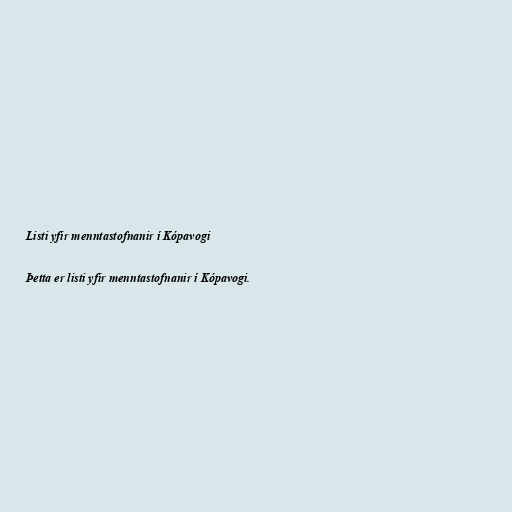
Listi yfir menntastofnanir í Kópavogi

Þetta er listi yfir menntastofnanir í Kópavogi.